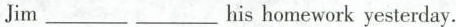
Jim ___ ___ his homework yesterday.